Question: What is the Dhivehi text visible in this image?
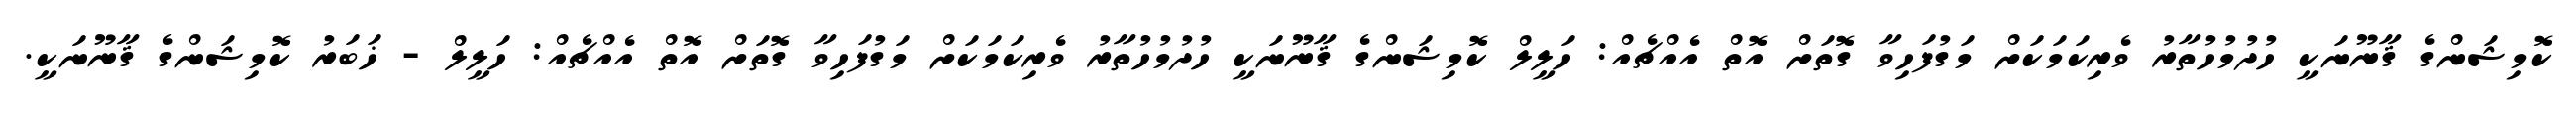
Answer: ކޮމިޝަންގެ ޤާނޫނަކީ ހުދުމުހުތާރު ވެރިކަމަކަށް މަގުފަހިވާ ގޮތަށް އޮތް އެއްޗެއް: ހަލީލް ކޮމިޝަންގެ ޤާނޫނަކީ ހުދުމުހުތާރު ވެރިކަމަކަށް މަގުފަހިވާ ގޮތަށް އޮތް އެއްޗެއް: ހަލީލް - ޚަބަރު ކޮމިޝަންގެ ޤާނޫނަކީ.